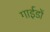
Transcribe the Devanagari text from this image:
गाईडों